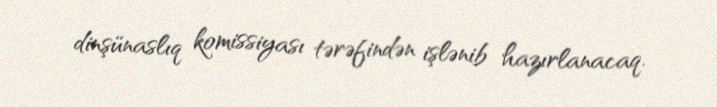
dinşünaslıq komissiyası tərəfindən işlənib hazırlanacaq.